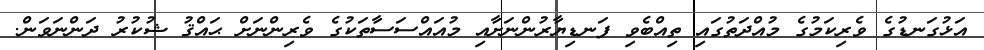
އަޅުގަނޑުގެ ވެރިކަމުގެ މުއްދަތުގައި ތިއްބެވި ފަނޑިޔާރުންނަށާއި މުއައްސަސާތަކުގެ ވެރިންނަށް ޙައްޤު ޝުކުރު ދަންނަވަން.